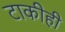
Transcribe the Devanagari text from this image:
टाकीही